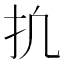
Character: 𫼕